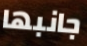
جانبها